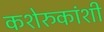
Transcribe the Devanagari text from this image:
कशेरुकांशी